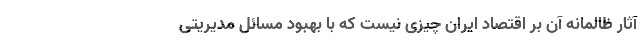
آثار ظالمانه آن بر اقتصاد ایران چیزی نیست که با بهبود مسائل مدیریتی